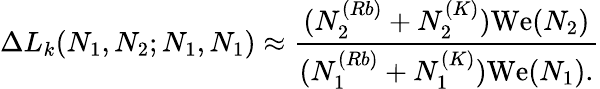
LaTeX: \Delta L_{k}(N_{1},N_{2};N_{1},N_{1})\approx\frac{(N_{2}^{(Rb)}+N_{2}^{(K)}){\mathrm{We}}(N_{2})}{(N_{1}^{(Rb)}+N_{1}^{(K)}){\mathrm{We}(N_{1})}.}